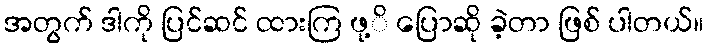
အတွက် ဒါကို ပြင်ဆင် ထားကြ ဖု့ိ ပြောဆို ခဲ့တာ ဖြစ် ပါတယ်။